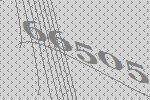
66505